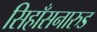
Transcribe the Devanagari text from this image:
सिहाँसनारुड